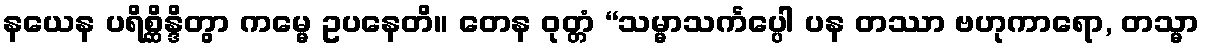
နယေန ပရိစ္ဆိန္ဒိတွာ ကမ္မေ ဥပနေတိ။ တေန ဝုတ္တံ “သမ္မာသင်္ကပ္ပေါ ပန တဿာ ဗဟုကာရော, တသ္မာ